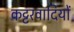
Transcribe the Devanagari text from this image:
कट्टरवादियों